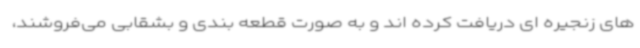
های زنجیره ای دریافت کرده اند و به صورت قطعه بندی و بشقابی می‌فروشند،